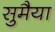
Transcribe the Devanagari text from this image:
सुमैया